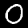
Label: 0